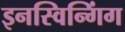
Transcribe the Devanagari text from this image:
इनस्विन्गिंग